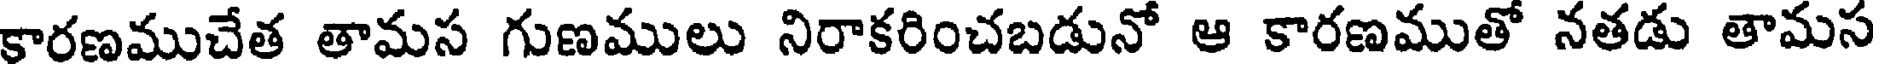
కారణముచేత తామస గుణములు నిరాకరించబడునో ఆ కారణముతో నతడు తామస